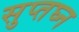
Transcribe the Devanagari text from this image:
सुप्तघ्न